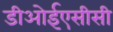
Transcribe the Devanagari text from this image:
डीओईएसीसी